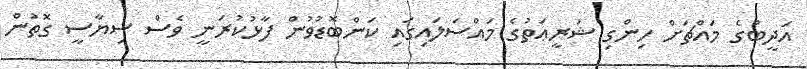
އަދީބުގެ މައްޗަށް ހިންގި ޝަރީޢަތުގެ މައްސަލައިގައި ކަންބޮޑުވުން ފާޅުކުރަނީ ވެސް ސިޔާސީ ގޮތުން